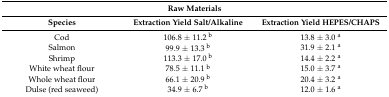
| <COLSPAN=3> Raw Materials |
 | Species | Extraction Yield Salt/Alkaline | Extraction Yield HEPES/CHAPS |
 | --- | --- | --- |
 | Cod | 106.8 ± 11.2 b | 13.8 ± 3.0 a |
 | Salmon | 99.9 ± 13.3 b | 31.9 ± 2.1 a |
 | Shrimp | 113.3 ± 17.0 b | 14.4 ± 2.2 a |
 | White wheat flour | 78.5 ± 11.1 b | 15.0 ± 3.7 a |
 | Whole wheat flour | 66.1 ± 20.9 b | 20.4 ± 3.2 a |
 | Dulse (red seaweed) | 34.9 ± 6.7 b | 12.0 ± 1.6 a |